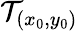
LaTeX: \mathcal{T}_{(x_{0},y_{0})}